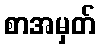
စာအမှတ်